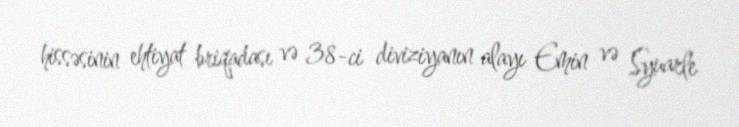
hissəsinin ehtiyat briqadası və 38-ci diviziyanın alayı Emin və Syuarle